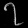
Digit: ၇